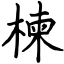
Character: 楝